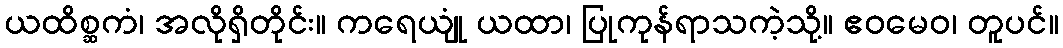
ယထိစ္ဆကံ၊ အလိုရှိတိုင်း။ ကရေယျုံ ယထာ၊ ပြုကုန်ရာသကဲ့သို့။ ဧဝမေဝ၊ တူပင်။